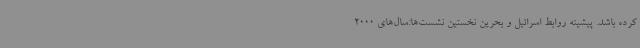
کرده باشد. پیشینه روابط اسرائیل و بحرین نخستین نشست‌ها:سال‌های 2000